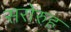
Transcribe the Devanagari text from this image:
सरोरुह